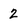
Character: 2